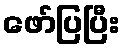
ဖော်ပြပြီး